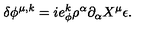
\delta \phi ^ { \mu , k } = i e _ { \phi } ^ { k } \rho ^ { \alpha } \partial _ { \alpha } X ^ { \mu } \epsilon .